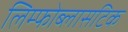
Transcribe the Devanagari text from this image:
लिम्फोब्लासटिक